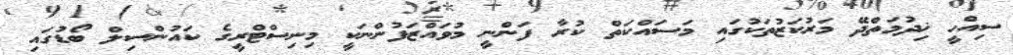
ސިއްހީ ޚިދުމަތްދޭ މަރުކަޒުތަކުގައި މަސައްކަތް ކުރާ ފަންނީ މުވައްޒަފުންނަކީ މިނިސްޓްރީގެ ކައުންސިލް ބޯޑުގައި